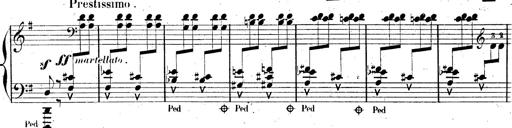
Title: AnnÃ©es de pÃ¨lerinage II, SupplÃ©ment
Composer: Franz Liszt